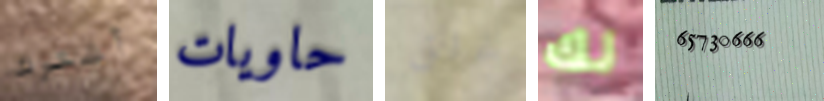
أشترك حاويات غلق لك 65730666